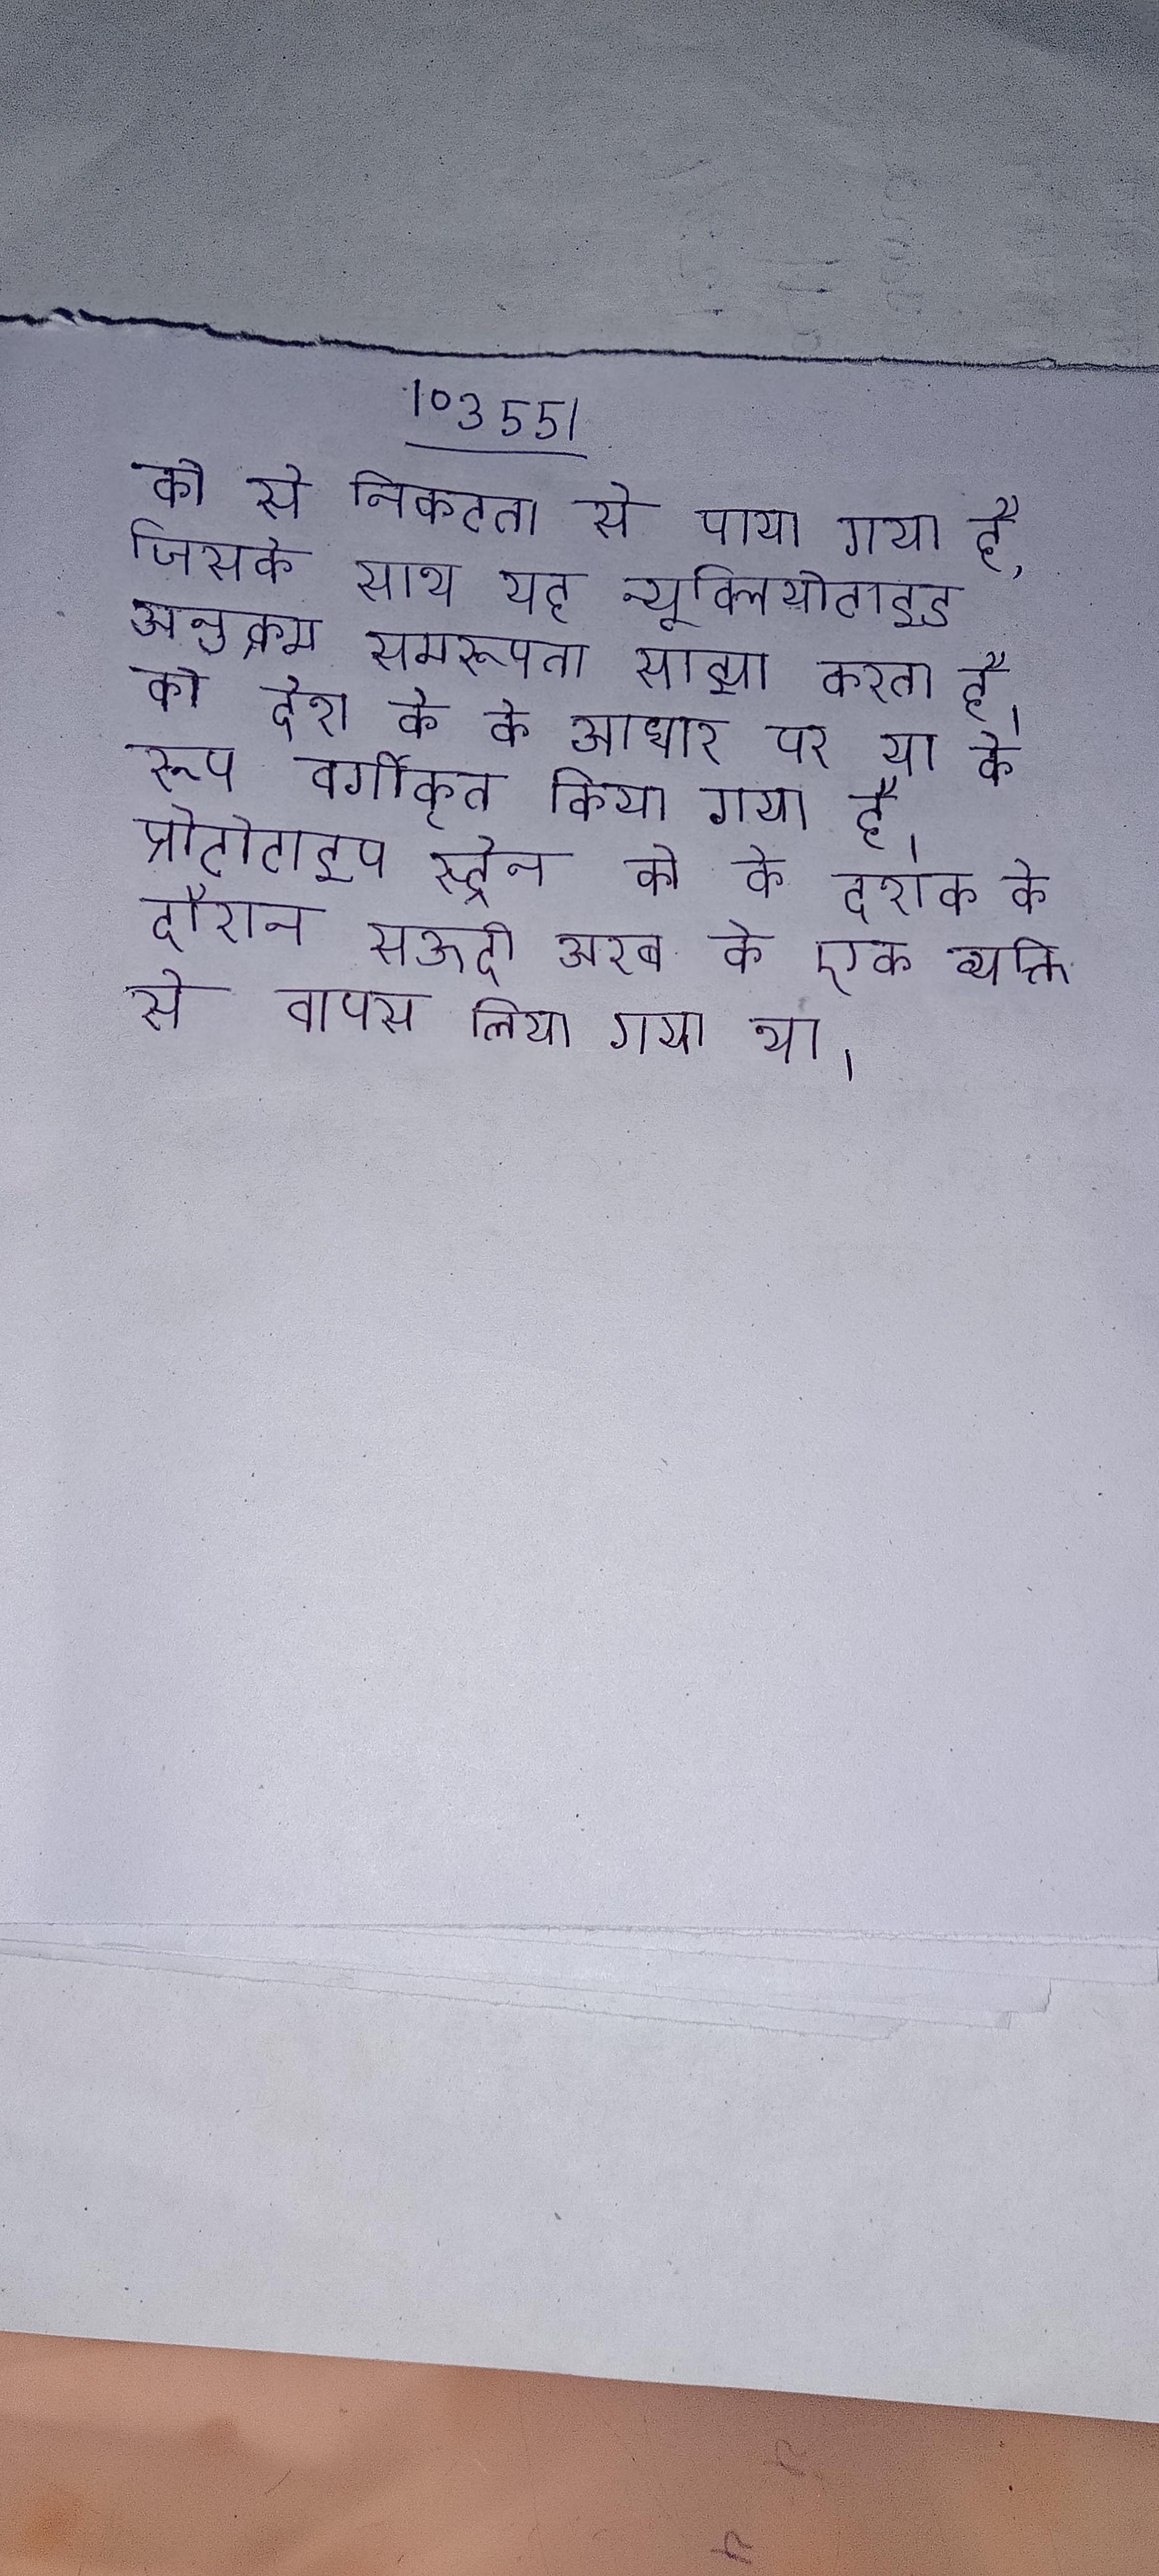
को से निकटता से पाया गया है, जिसके साथ यह न्यूक्लियोटाइड अनुक्रम समरूपता साझा करता है । को देश के के आधार पर या के रूप वर्गीकृत किया गया है । प्रोटोटाइप स्ट्रेन को के दशक के दौरान सऊदी अरब के एक व्यक्ति से वापस लिया गया था ।